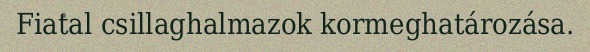
Fiatal csillaghalmazok kormeghatározása.